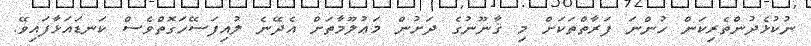
ނުކުޅެދުންތެރިކަން ހުންނަ ފަރާތްތަކަށް މި ޤާނޫނުގެ ދަށުން މަޢުލޫމާތަށް އެދޭނެ ލުއިފަސޭހަގޮތްވެސް ކަނޑައަޅާފައިވޭ.